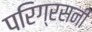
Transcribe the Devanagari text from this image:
परिग्रसनी